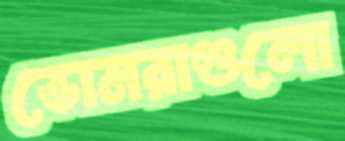
ভোমরাগুলো